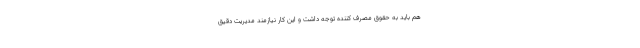
هم باید به حقوق مصرف کننده توجه داشت و این کار نیازمند مدیریت دقیق